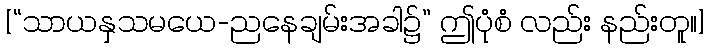
[“သာယနှသမယေ-ညနေချမ်းအခါ၌” ဤပုံစံ လည်း နည်းတူ။]